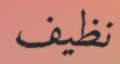
نظيف